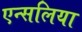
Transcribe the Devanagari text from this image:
एन्सलिया